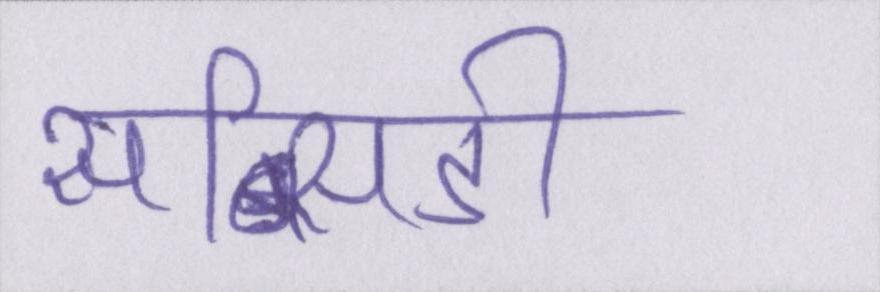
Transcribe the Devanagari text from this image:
सब्सिडी